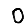
Digit: 0